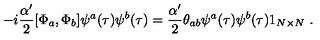
- i \frac { \alpha ^ { \prime } } { 2 } [ \Phi _ { a } , \Phi _ { b } ] \psi ^ { a } ( \tau ) \psi ^ { b } ( \tau ) = \frac { \alpha ^ { \prime } } { 2 } \theta _ { a b } \psi ^ { a } ( \tau ) \psi ^ { b } ( \tau ) 1 _ { N \times N } \ .